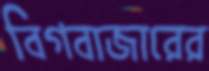
বিগবাজারের